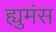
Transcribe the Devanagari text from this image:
ह्युमंस